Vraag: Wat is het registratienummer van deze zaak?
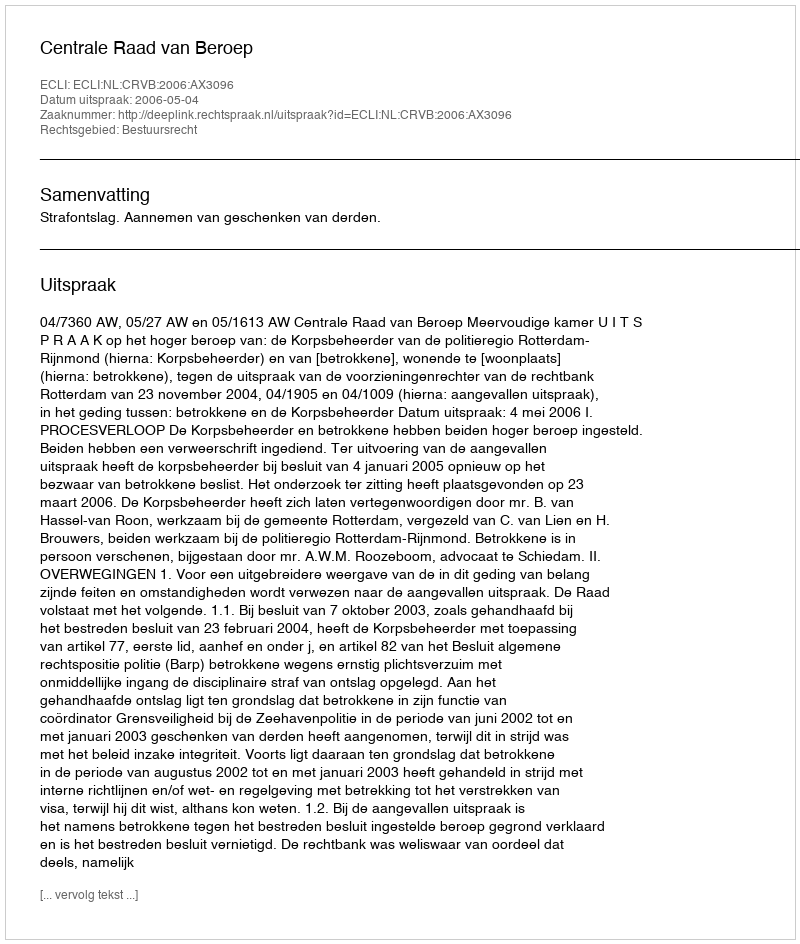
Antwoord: http://deeplink.rechtspraak.nl/uitspraak?id=ECLI:NL:CRVB:2006:AX3096